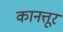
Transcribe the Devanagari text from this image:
कानत्तूर